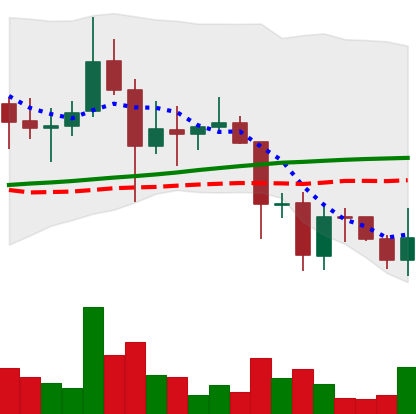
Ticker: DOGE-USD
Chart end date: 2021-11-23
Forward return: -8.406%
Label: down_7plus